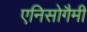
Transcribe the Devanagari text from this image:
एनिसोगैमी